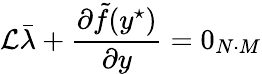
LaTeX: \mathcal{L}\bar{\lambda}+\frac{\partial\tilde{f}(y^{\star})}{\partial y}=0_{N\cdot M}